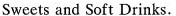
Sweets and Soft Drinks.